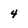
Character: 4